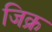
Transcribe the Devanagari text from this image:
जिक्र